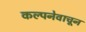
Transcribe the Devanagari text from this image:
कल्पनेवाचून